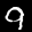
Label: 9